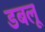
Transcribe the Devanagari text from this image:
डबलू